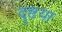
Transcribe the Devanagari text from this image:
दॄष्टया